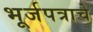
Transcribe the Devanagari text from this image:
भूर्जपत्राचे